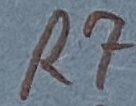
Text: R7